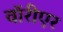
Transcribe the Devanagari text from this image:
वॉरीएर